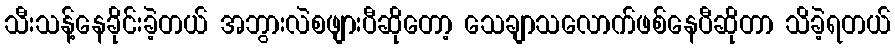
သီးသန့်နေခိုင်းခဲ့တယ် အဘွားလဲစဖျားပီဆိုတော့ သေချာသလောက်ဖစ်နေပီဆိုတာ သိခဲ့ရတယ်